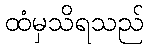
ထံမှသိရသည်